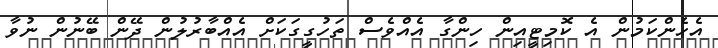
އެހެންކަމުން އެ ކޮމިޓީއިން ހިންގާ އެއްވެސް ތަހުގީގަކަށް އެއްބާރުލުން ދޭން ބޭނުން ނުވާ